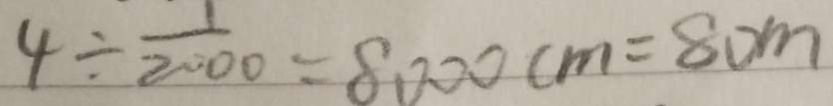
4 \div \frac { 1 } { 2 0 0 0 } = 8 0 0 0 c m = 8 0 m